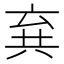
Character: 𠔚